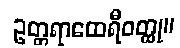
ဥတ္တရာထေရီဝတ္ထု။